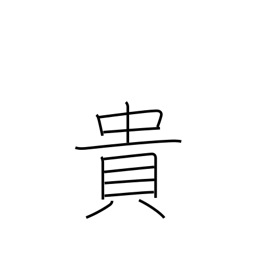
Meaning: precious